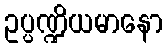
ဥပ္ပဏ္ဍိယမာနော